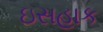
ઇસહાક